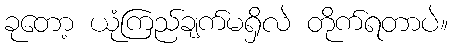
ခုတော့ ယုံကြည်ချက်မရှိလဲ တိုက်ရတာပဲ။